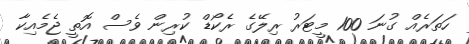
ހަތަރެއް ގުނަ 100 މީޓަރު ރިލޭގެ ރެކޯޑް ކުރިން ވެސް އޮތީ ޖެމެއިކާ